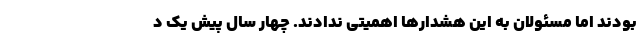
بودند اما مسئولان به این هشدارها اهمیتی ندادند. چهار سال پیش یک د